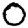
Digit: 0